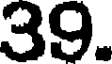
39.